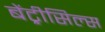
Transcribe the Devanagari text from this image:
बेंट्रीसिल्स